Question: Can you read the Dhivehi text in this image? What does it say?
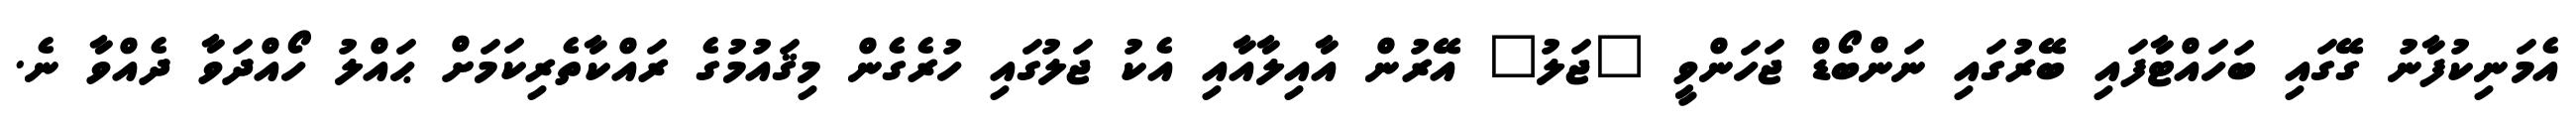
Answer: އެމަނިކުފާނު ގޭގައި ބަހައްޓާފައި ބޭރުގައި ނަންބޯޑް ޖަހަންވީ "ޖަލު" އޭރުން އާއިލާއާއި އެކު ޖަލުގައި ހުރެގެން މިޤައުމުގެ ރައްކާތެރިކަމަށް ޙައްލު ހޯއްދަވާ ދެއްވާ ނެ.